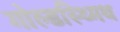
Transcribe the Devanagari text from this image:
गोल्डस्थ्मिथ